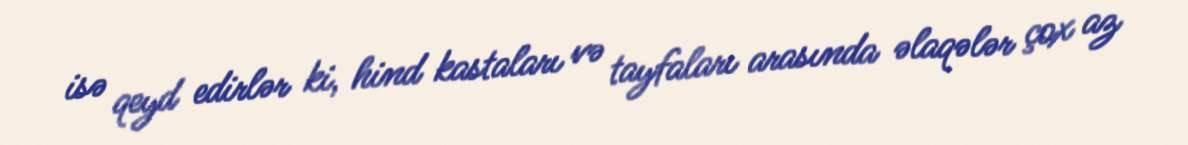
isə qeyd edirlər ki, hind kastaları və tayfaları arasında əlaqələr çox az